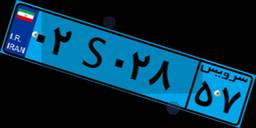
۰۲S۰۲۸۵۷